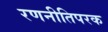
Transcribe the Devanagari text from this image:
रणनीतिपरक